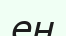
ең